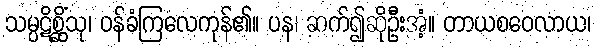
သမ္ပဋိစ္ဆိံသု၊ ဝန်ခံကြလေကုန်၏။ ပန၊ ဆက်၍ဆိုဦးအံ့။ တာယစဝေလာယ၊